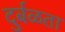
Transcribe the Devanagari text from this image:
दुर्बळता